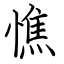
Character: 憔